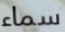
سماء